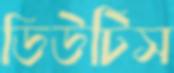
ডিউটিস